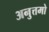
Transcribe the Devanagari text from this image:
अनुत्तमो